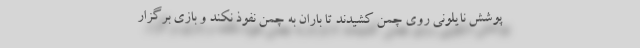
پوشش نایلونی روی چمن کشیدند تا باران به چمن نفوذ نکند و بازی برگزار